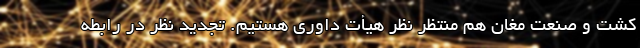
کشت و صنعت مغان هم منتظر نظر هیأت داوری هستیم. تجدید نظر در رابطه